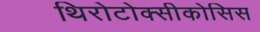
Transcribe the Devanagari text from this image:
थिरोटोक्सीकोसिस